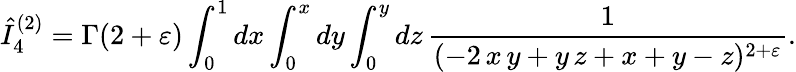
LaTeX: \hat{I}_{4}^{(2)}=\Gamma(2+\varepsilon)\int_{0}^{1}dx\int_{0}^{x}dy\int_{0}^{y}dz\, \frac{1}{(-2\, x\, y+y\, z+x+y-z)^{2+\varepsilon}}.